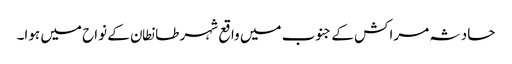
حادثہ مراکش کے جنوب میں واقع شہر طانطان کے نواح میں ہوا۔